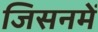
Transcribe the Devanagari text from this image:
जिसनमें